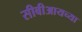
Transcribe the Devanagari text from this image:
सीबीआयच्या